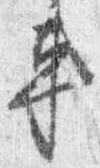
車